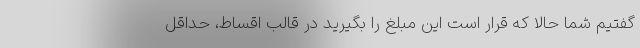
گفتیم شما حالا که قرار است این مبلغ را بگیرید در قالب اقساط، حداقل